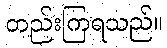
တည်းကြရသည်။